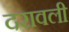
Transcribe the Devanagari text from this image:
दरावली